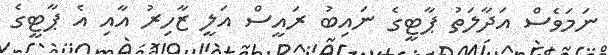
ނަމަވެސް އަދާލަތު ޕާޓީގެ ނައިބު ރައީސް އަލީ ޒާހިރު އާއި އެ ޕާޓީގެ